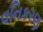
વનિકરણ